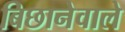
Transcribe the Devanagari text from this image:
बिछानेवाले